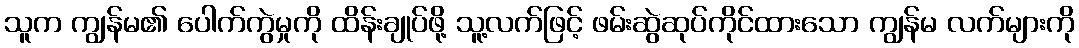
သူက ကျွန်မ၏ ပေါက်ကွဲမှုကို ထိန်းချုပ်ဖို့ သူ့လက်ဖြင့် ဖမ်းဆွဲဆုပ်ကိုင်ထားသော ကျွန်မ လက်များကို